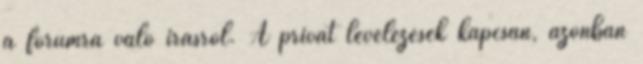
a fórumra való írásról. A privát levelezések kapcsán, azonban